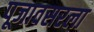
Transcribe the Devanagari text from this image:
पूजावसरला